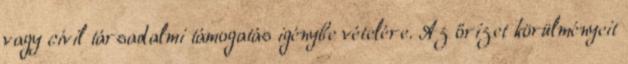
vagy civil társadalmi támogatás igénybe vételére. Az őrizet körülményeit